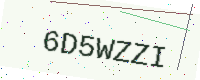
Text: 6D5WZZI